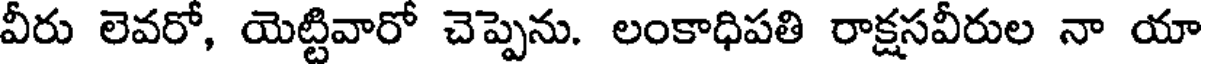
వీరు లెవరో, యెట్టివారో చెప్పెను. లంకాధిపతి రాక్షసవీరుల నా యా